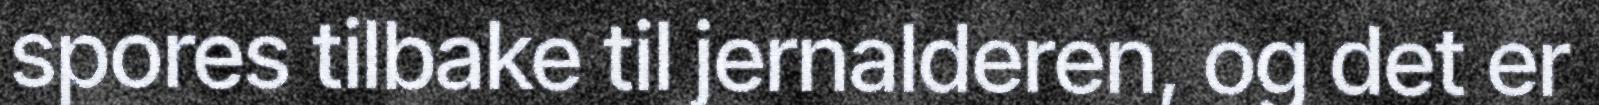
spores tilbake til jernalderen, og det er